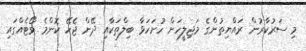
މި ސަރުކާރުން ރައްޔިތުންގެ މަޖިލީހަށް ހުށަހަޅާ ބިލްތަކާއި ދޭން ޖެހޭ ކޮންމެ ވޯޓެއްގައި